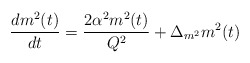
\begin{align*}\frac{d m^2(t)}{dt}=\frac{2\alpha^2 m^2(t)}{Q^2}+\Delta_{m^2}m^2(t)\end{align*}